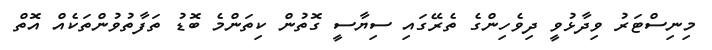
މިނިސްޓަރު ވިދާޅުވީ ދިވެހިންގެ ތެރޭގައި ސިޔާސީ ގޮތުން ކިތަންމެ ބޮޑު ތަފާތުވުންތަކެއް އޮތް